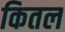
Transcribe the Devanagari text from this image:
कितल